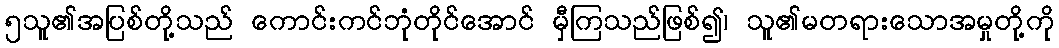
၅သူ၏အပြစ်တို့သည် ကောင်းကင်ဘုံတိုင်အောင် မှီကြသည်ဖြစ်၍၊ သူ၏မတရားသောအမှုတို့ကို